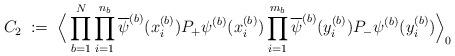
LaTeX: \begin{align*}C_2 \; := \;\Big\langle \prod_{b=1}^N\prod_{i=1}^{n_b} \overline{\psi}^{(b)}(x^{(b)}_i )P_+ \psi^{(b)}(x^{(b)}_i )\prod_{i=1}^{m_b} \overline{\psi}^{(b)}(y^{(b)}_i )P_- \psi^{(b)}(y^{(b)}_i ) \Big\rangle_0\end{align*}